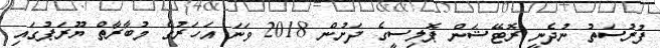
ފުރުސަތު ނުދެނީ ރޮޓޭޝަން ޕޮލިސީގެ ދަށުން 2018 ވަނަ އަހަރުގެ މުބާރާތް ޔޫރަޕުގައި